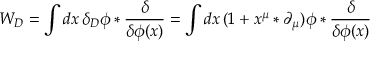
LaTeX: W _ { D } = \int d x \, \delta _ { D } \phi * { \frac { \delta } { \delta \phi ( x ) } } = \int d x \, ( 1 + x ^ { \mu } * \partial _ { \mu } ) \phi * { \frac { \delta } { \delta \phi ( x ) } }